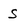
Character: S